Scientific memoirs by medical officers of the Army of India - Part VI,
Year: 1891
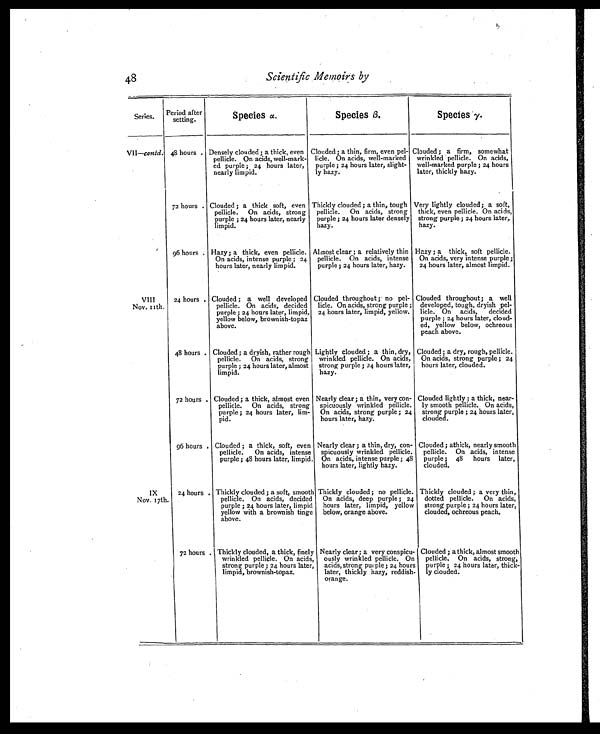
48
Scientific Memoirs by
Series. Period after
setting.
Species α.
Species β.
Species γ.
VII—contd. 48 hours . Densely clouded; a thick, even
pellicle. On acids, well-mark-
ed purple ; 24 hours later,
nearly limpid.
Clouded ; a thin, firm, even pel-
licle. On acids, well-marked
purple ; 24 hours later, slight-
ly hazy.
Clouded ; a firm, somewhat
wrinkled pellicle. On acids,
well-marked purple ; 24 hours
later, thickly hazy.
72 hours . Clouded ; a thick soft, even
pellicle. On acids, strong
purple ; 24 hours later, nearly
limpid.
Thickly clouded; a thin, tough
pellicle. On acids, strong
purple ; 24 hours later densely
hazy.
Very lightly clouded; a soft,
thick, even pellicle. On acids,
strong purple ; 24 hours later,
hazy.
96 hours . Hazy ; a thick, even pellicle.
On acids, intense purple ; 24
hours later, nearly limpid.
Almost clear ; a relatively thin
pellicle. On acids, intense
purple ; 24 hours later, hazy.
Hazy ; a thick, soft pellicle.
On acids, very intense purple;
24 hours later, almost limpid.
VIII
Nov. 11t h.
24 hours . Clouded ; a well developed
pellicle. On acids, decided
purple ; 24 hours later, limpid,
yellow below, brownish-topaz
above.
Clouded throughout ; no pel-
licle. On acids, strong purple ;
24 hours later, limpid, yellow.
Clouded throughout; a well
developed, tough, dryish pel-
licle. On acids, decided
purple ; 24 hours later, cloud-
ed, yellow below, ochreous
peach above.
48 hours . Clouded; a dryish, rather rough
pellicle. On acids, strong
purple ; 24 hours later, almost
limpid.
Lightly clouded; a thin, dry,
wrinkled pellicle. On acids,
strong purple ; 24 hours later,
hazy.
Clouded; a dry, rough, pellicle.
On acids, strong purple; 24
hours later, clouded.
72 hours . Clouded ; a thick, almost even
pellicle. On acids, strong
purple ; 24 hours later, lim-
pid.
Nearly clear ; a thin, very con-
spicuously wrinkled pellicle.
On acids, strong purple; 24
hours later, hazy.
Clouded lightly ; a thick, near-
ly smooth pellicle. On acids,
strong purple ; 24 hours later,
clouded.
96 hours . Clouded ; a thick, soft, even
pellicle. On acids, intense
purple ; 48 hours later, limpid.
Nearly clear ; a thin, dry, con-
spicuously wrinkled pellicle.
On acids, intense purple; 48
hours later, lightly hazy.
Clouded ; athick, nearly smooth
pellicle. On acids, intense
purple ; 48 hours later,
clouded.
IX
Nov. 17t h.
24 hours . Thickly clouded ; a soft, smooth
pellicle. On acids, decided
purple ; 24 hours later, limpid
yellow with a brownish tinge
above.
Thickly clouded; no pellicle.
On acids, deep purple ; 24
hours later, limpid, yellow
below, orange above.
Thickly clouded ; a very thin,
dotted pellicle. On acids,
strong purple ; 24 hours later,
clouded, ochreous peach.
72 hours . Thickly clouded, a thick, finely
wrinkled pellicle.On acids,
strong purple; 24 hours later,
limpid, brownish- topaz.
Nearly clear; a very conspicu-
ously wrinkled pellicle. On
acids, strong purple; 24 hours
later, thickly hazy, reddish-
orange.
Clouded ; a thick, almost smooth
pellicle. On acids, strong,
purple ; 24 hours later, thick-
ly clouded.